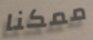
ممكنا